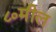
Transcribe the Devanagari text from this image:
८०मील